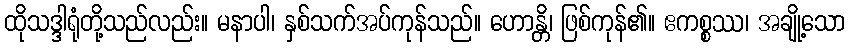
ထိုသဒ္ဒါရုံတို့သည်လည်း။ မနာပါ၊ နှစ်သက်အပ်ကုန်သည်။ ဟောန္တိ၊ ဖြစ်ကုန်၏။ ဧကစ္စဿ၊ အချို့သော